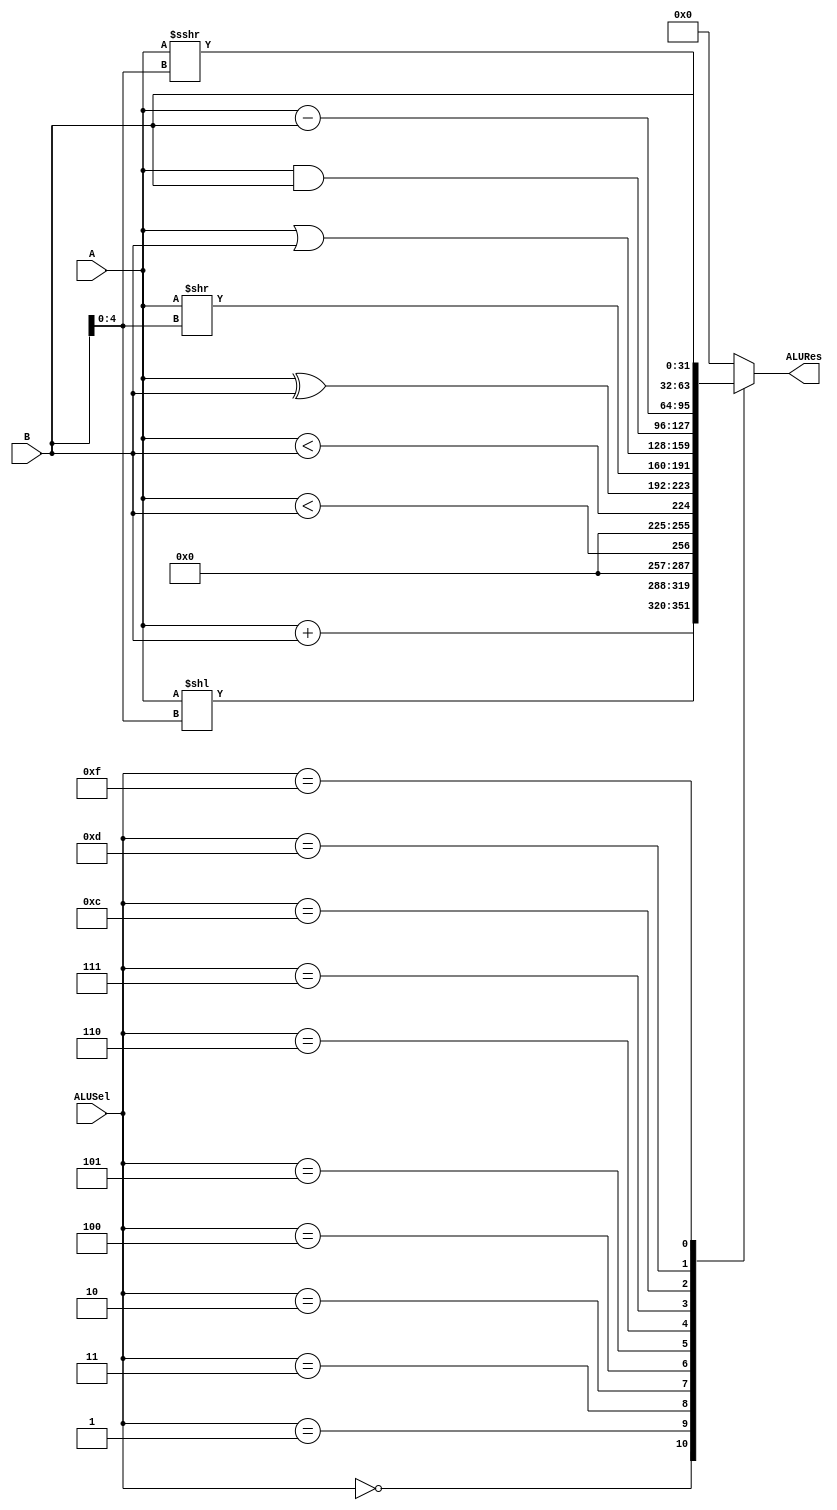
module alu #(
    parameter N = 32
)
(
    input [N-1:0] A,
    input [N-1:0] B,
    input [3:0] ALUSel,

    output [N-1:0] ALURes
);

reg [N-1:0] res;
wire msb_a = A[N-1];
wire msb_b = B[N-1];
always @(*) begin
    case (ALUSel)
        4'b0000: res = A + B;
        4'b0001: res = A << B[4:0];
        4'b0011: res = {{N-1{1'b0}}, (A < B)};
        4'b0010: res = {{N-1{1'b0}}, ($signed(A) < $signed(B))};
        4'b0100: res = A ^ B;
        4'b0101: res = A >> B[4:0];
        4'b0110: res = A | B;
        4'b0111: res = A & B;
        4'b1100: res = A - B;
        4'b1101: res = $signed(A) >>> B[4:0];
        4'b1111: res = B;
        default: res = {N{1'b0}};
    endcase
end

assign ALURes = res;
endmodule